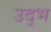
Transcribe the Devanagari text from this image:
उद्भ